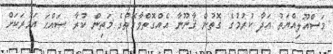
މަސްއޫލިއްޔަތު އަދާ ކުރުމުގެ ގޮތުން ޤާނޫނާ އެއްގޮތްވާގޮތުގެ މަތިން ކުރާ ޞައްޙަ އަމުރަކަށް